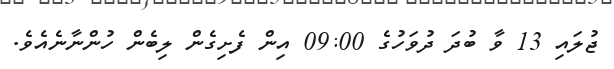
ޖުލައި 13 ވާ ބުދަ ދުވަހުގެ 09:00 އިން ފެށިގެން ލިބެން ހުންނާނެއެވެ.